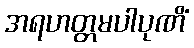
အရဟတ္တမပါပုဏိံ